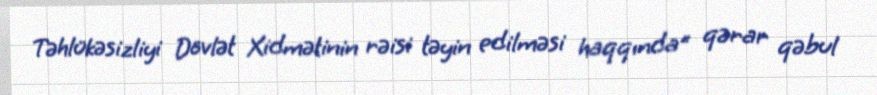
Təhlükəsizliyi Dövlət Xidmətinin rəisi təyin edilməsi haqqında" qərar qəbul